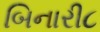
બિનારી૮